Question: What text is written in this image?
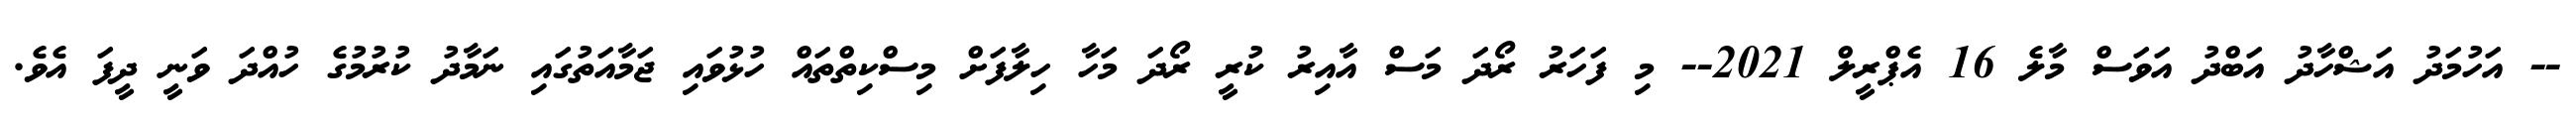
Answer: -- އަހުމަދު އަޝްހާދު އަބްދު އަވަސް މާލެ 16 އެޕްރީލް 2021-- މި ފަހަރު ރޯދަ މަސް އާއިރު ކުރީ ރޯދަ މަހާ ހިލާފަށް މިސްކިތްތައް ހުޅުވައި ޖަމާއަތުގައި ނަމާދު ކުރުމުގެ ހުއްދަ ވަނީ ދީފަ އެވެ.